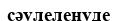
сәулеленуде